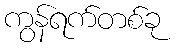
ကွန်ရက်တစ်ခု